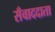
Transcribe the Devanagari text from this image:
सँवाददाता